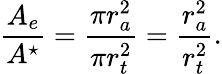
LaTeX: \frac{A_{e}}{A^{\star}}=\frac{\pi r_{a}^{2}}{\pi r_{t}^{2}}=\frac{r_{a}^{2}}{r_{t}^{2}}.